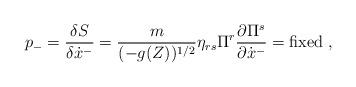
LaTeX: \begin{align*}p_- = \frac{\delta S}{\delta \dot{x}^-}= \frac{m}{ (-g (Z) )^{1/2} } \eta_{rs}\Pi^r \frac{\partial \Pi^s }{\partial \dot{x}^- } = {\rm fixed ~} ,\end{align*}